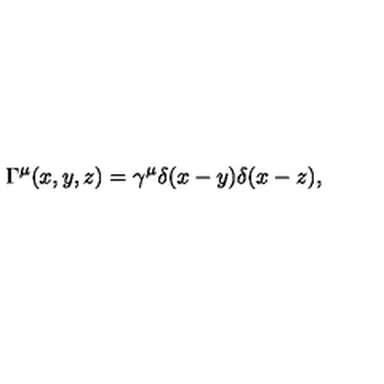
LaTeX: \Gamma ^ { \mu } ( x , y , z ) = \gamma ^ { \mu } \delta ( x - y ) \delta ( x - z ) ,